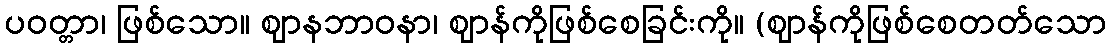
ပဝတ္တာ၊ ဖြစ်သော။ ဈာနဘာဝနာ၊ ဈာန်ကိုဖြစ်စေခြင်းကို။ (ဈာန်ကိုဖြစ်စေတတ်သော